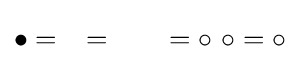
\bullet ={\begin{matrix}\bullet \\[-60pt]\bullet \end{matrix}}={\begin{matrix}\bullet \ \ \circ \\[-60pt]\circ \ \ \bullet \end{matrix}}=\circ \ \circ =\circ